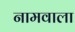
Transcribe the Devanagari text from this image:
नामवाला